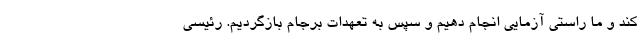
کند و ما راستی آزمایی انجام دهیم و سپس به تعهدات برجام بازگردیم. رئیسی